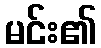
မင်း၏